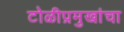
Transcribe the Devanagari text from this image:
टोळीप्रमुखांचा